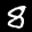
Label: 8